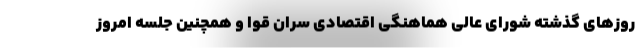
روزهای گذشته شورای عالی هماهنگی اقتصادی سران قوا و همچنین جلسه امروز